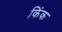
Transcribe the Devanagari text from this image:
किंक